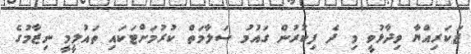
ޒަކަރިއްޔާ ވިދާޅުވީ މި ދެ ފިކުރުން ގައުމު ސަލާމަތް ކުރުމަށްޓަކައި ތައުލީމީ ނިޒާމުގެ